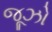
જૂઝો